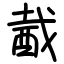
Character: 酨